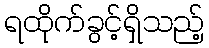
ရထိုက်ခွင့်ရှိသည့်